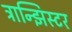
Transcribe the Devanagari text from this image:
ट्रान्झिस्टर